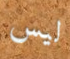
ليس